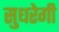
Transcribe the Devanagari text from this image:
सुधरेगी